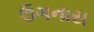
ઉગનારા